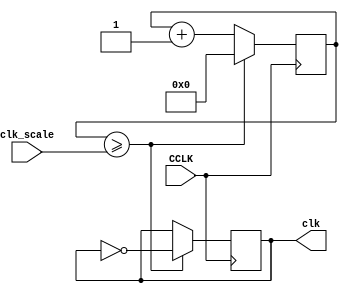
`timescale 1ns / 1ps
///////////////////////////////////////////////////////////////////////////////
// Institution:    Universidade Federal de Sergipe
//
// Design Name:    Saulo G. Felix
// Module Name:    clock
// Project Name:   elevetor_controller
// Target Devices: Spartan3E
// Tool versions:  ISE 14.7
// Description:    Manage clock division in frequency
///////////////////////////////////////////////////////////////////////////////
module clock(clk, clk_scale, CCLK);

output reg   clk;
input [31:0] clk_scale;
input 		 CCLK;

reg [31:0]   clkq = 0;

always @(posedge CCLK)
begin
	clkq <= clkq + 1;
	if (clkq >= clk_scale)
	begin
		clk <= ~clk;
		clkq <= 0;
	end
end

endmodule